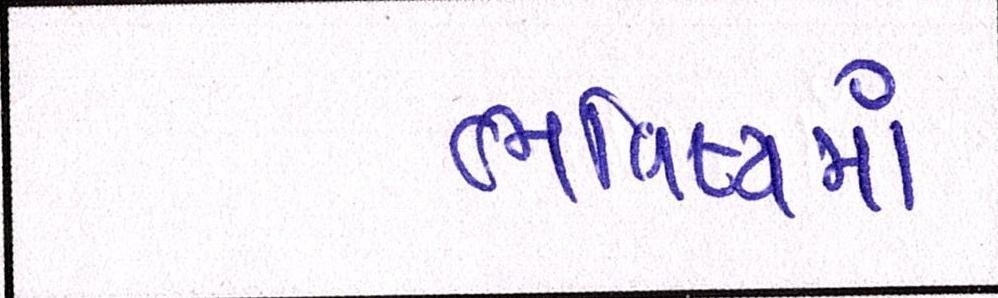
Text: ભવિષ્યમાં